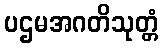
ပဌမအဂတိသုတ္တံ